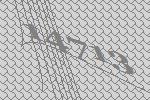
14713